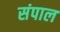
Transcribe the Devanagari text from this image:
संपाल